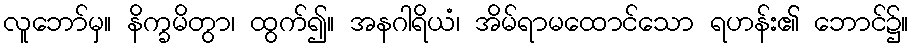
လူဘော်မှ။ နိက္ခမိတွာ၊ ထွက်၍။ အနဂါရိယံ၊ အိမ်ရာမထောင်သော ရဟန်း၏ ဘောင်၌။